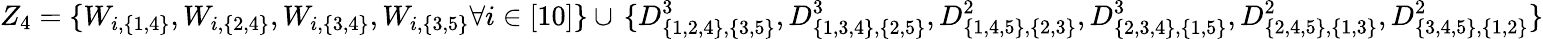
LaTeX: {Z_{4}=\{ W_{i,\{ 1,4\} },W_{i,\{ 2,4\} },W_{i,\{ 3,4\} },W_{i,\{ 3,5\} }\forall i\in[10]\} }\cup\, {\{ D_{\{ 1,2,4\} ,\{ 3,5\} }^{3},D_{\{ 1,3,4\} ,\{ 2,5\} }^{3},D_{\{ 1,4,5\} ,\{ 2,3\} }^{2},D_{\{ 2,3,4\} ,\{ 1,5\} }^{3},D_{\{ 2,4,5\} ,\{ 1,3\} }^{2},D_{\{ 3,4,5\} ,\{ 1,2\} }^{2}\} }